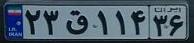
۲۳ق۱۱۴۳۶